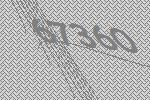
67360